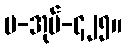
ပ-အုပ်-၄၂၅။